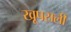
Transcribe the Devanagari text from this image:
खूपसली